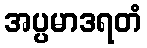
အပ္ပမာဒရတံ